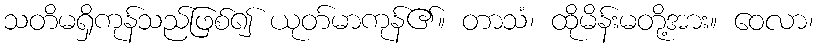
သတိမရှိကုန်သည်ဖြစ်၍ ယုတ်မာကုန်၏။ တာသံ၊ ထိုမိန်းမတို့အား။ ဝေလာ၊